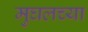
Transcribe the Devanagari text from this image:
मुघलच्या